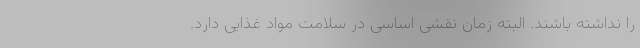
را نداشته باشند. البته زمان نقشی اساسی در سلامت مواد غذایی دارد.